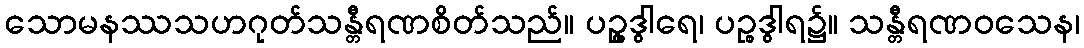
သောမနဿသဟဂုတ်သန္တီရဏစိတ်သည်။ ပဉ္စွဒွါရေ၊ ပဉ္စဒွါရ၌။ သန္တီရဏဝသေန၊